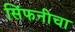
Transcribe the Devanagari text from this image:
सिंफनीचा